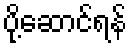
ပို့ဆောင်ရန်